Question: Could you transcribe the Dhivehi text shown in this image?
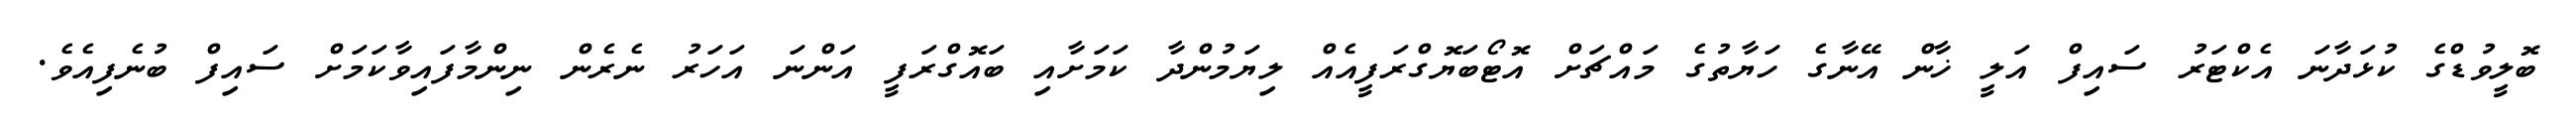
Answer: ބޮލީވުޑްގެ ކުޅަދާނަ އެކްޓަރު ސައިފް އަލީ ޚާން އޭނާގެ ހަޔާތުގެ މައްޗަށް އޮޓޯބަޔޮގްރަފީއެއް ލިޔަމުންދާ ކަމަށާއި ބައޮގްރަފީ އަންނަ އަހަރު ނެރެން ނިންމާފައިވާކަމަށް ސައިފް ބުނެފިއެވެ.